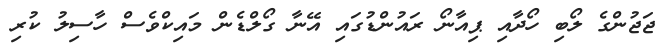
ޖަޖުންގެ ލޯބި ހޯދާއި ޕިއާނޯ ރައުންޑުގައި އޭނާ ގޯލްޑެން މައިކްވެސް ހާސިލު ކުރި